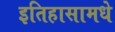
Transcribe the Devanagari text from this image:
इतिहासामधे